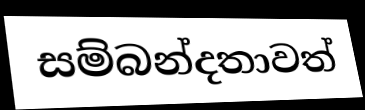
සම්බන්දතාවත්